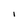
Character: i